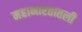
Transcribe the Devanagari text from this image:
महाभारतातली